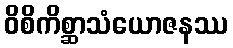
ဝိစိကိစ္ဆာသံယောဇနဿ